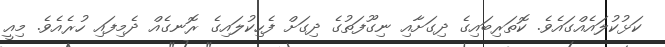
ކަޅުކުލައެއްގައެވެ. ކޮތަރިބައިގެ ދިގަށާއި ނިގޫފަތުގެ ދިގަށް ފެހިކުލައިގެ ރޮނގެއް ދެމިފައި ހުރެއެވެ. މިއީ